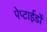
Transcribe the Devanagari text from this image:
पेप्टाईडों